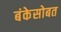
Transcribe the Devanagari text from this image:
बंकेसोबत